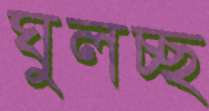
ঘুলচ্ছ